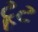
ટૂટ